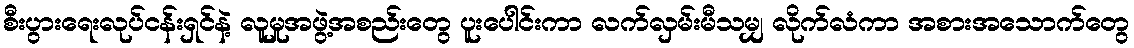
စီးပွားရေးလုပ်ငန်းရှင်နဲ့ လူမှုအဖွဲ့အစည်းတွေ ပူးပေါင်းကာ လက်လှမ်းမီသမျှ လိုက်လံကာ အစားအသောက်တွေ